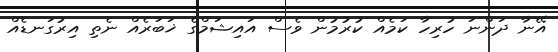
އޭނާ ދަންނަ ހުރިހާ ކަމެއް ކުރުމުން ވެސް އައިޝަމްގެ ޚަބަރެއް ނެތި އިރުގަނޑެއް